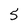
Character: 5